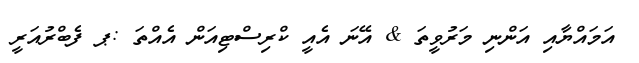
އަމައްޔާއި އަންނި މަރުވީތަ & އޭނަ އެއީ ކްރިސްޓިއަން އެއްތަ :ޕ ފެބްރުއަރީ